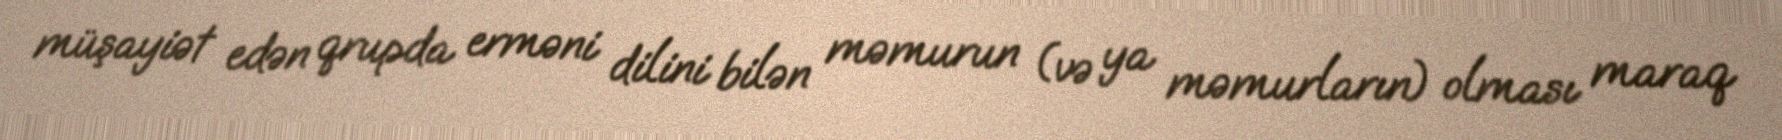
müşayiət edən qrupda erməni dilini bilən məmurun (və ya məmurların) olması maraq